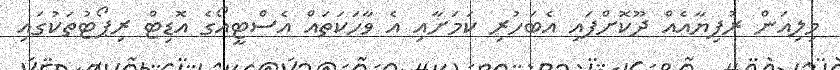
މިލިއަން ރުފިޔާއެއް ދޫކޮށްފައި އެބަހުރި ކަމަށާއި އެ ވާހަކަތައް އެސްޓީއޯގެ އޮޑިޓް ރިޕޯޓުތަކުގައި